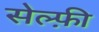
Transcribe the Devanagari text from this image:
सेल्फ़ी